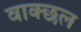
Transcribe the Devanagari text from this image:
वाक्छल